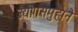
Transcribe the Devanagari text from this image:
उद्योगसमुहाने